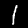
Label: 1